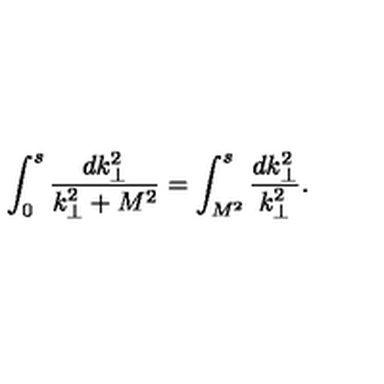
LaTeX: \int _ { 0 } ^ { s } \frac { d k _ { \perp } ^ { 2 } } { k _ { \perp } ^ { 2 } + M ^ { 2 } } = \int _ { M ^ { 2 } } ^ { s } \frac { d k _ { \perp } ^ { 2 } } { k _ { \perp } ^ { 2 } } .